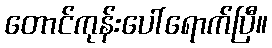
တောင်ကုန်းပေါ်ရောက်ပြီ။